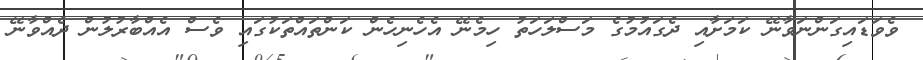
ވެވަޑައިގަންނަވާނޭ ކަމަށާއި ދެގައުމުގެ މަސްލަހަތު ހިމެނޭ އެހެނިހެން ކަންތައްތަކުގައި ވެސް އެއްބާރުލުން ދެއްވާނޭ